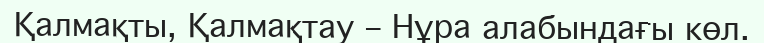
Қалмақты, Қалмақтау – Нұра алабындағы көл.